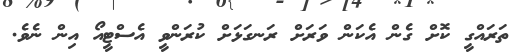
ތަރައްގީ ކޮށް ގެން އެކަން ވަރަށް ރަނގަޅަށް ކުރަންވީ އެސްޓީއޯ އިން ނެވެ.